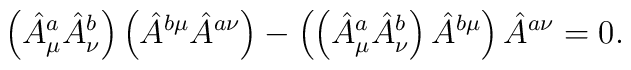
\left (\hat A^a_\mu \hat A^b_\nu\right )\left (\hat A^{b\mu} \hat A^{a\nu}\right ) - \left (  \left (  \hat A^a_\mu \hat A^b_\nu  \right ) \hat A^{b\mu}\right ) \hat A^{a\nu} = 0 .